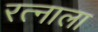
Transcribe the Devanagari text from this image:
रत्‍नाला